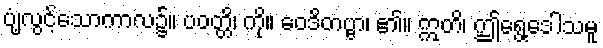
ပျံ့လွင့်သောကာလ၌။ ပဝတ္တိ၊ ကို။ ဝေဒိတဗ္ဗာ၊ ၏။ ဣတိ၊ ဤရွေ့ဒေါသမူ